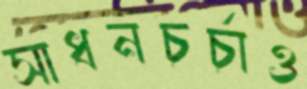
সাধনচর্চাও